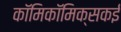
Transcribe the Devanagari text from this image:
काॅमिकॉमिक्सकई